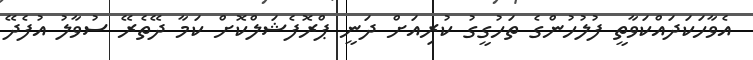
އެވާހަކަދައްކަވާތީ ފުލުހުންގެ ތަހުގީގު ކުރިއަށް ދަނީ ޕްރޮފެޝަލްކޮށް ކަމާ ދޭތެރޭ ސުވާލު އުފެދޭ